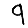
Digit: 9